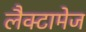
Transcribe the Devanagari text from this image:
लैक्टामेज